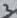
Text: 3